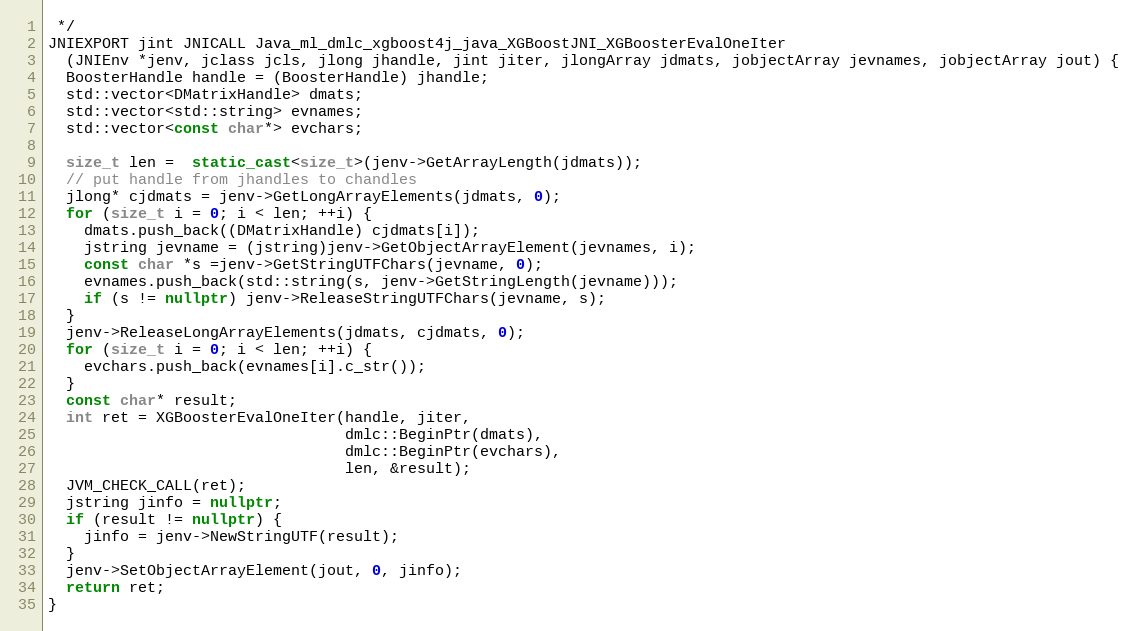
Language: C++
 */
JNIEXPORT jint JNICALL Java_ml_dmlc_xgboost4j_java_XGBoostJNI_XGBoosterEvalOneIter
  (JNIEnv *jenv, jclass jcls, jlong jhandle, jint jiter, jlongArray jdmats, jobjectArray jevnames, jobjectArray jout) {
  BoosterHandle handle = (BoosterHandle) jhandle;
  std::vector<DMatrixHandle> dmats;
  std::vector<std::string> evnames;
  std::vector<const char*> evchars;

  size_t len =  static_cast<size_t>(jenv->GetArrayLength(jdmats));
  // put handle from jhandles to chandles
  jlong* cjdmats = jenv->GetLongArrayElements(jdmats, 0);
  for (size_t i = 0; i < len; ++i) {
    dmats.push_back((DMatrixHandle) cjdmats[i]);
    jstring jevname = (jstring)jenv->GetObjectArrayElement(jevnames, i);
    const char *s =jenv->GetStringUTFChars(jevname, 0);
    evnames.push_back(std::string(s, jenv->GetStringLength(jevname)));
    if (s != nullptr) jenv->ReleaseStringUTFChars(jevname, s);
  }
  jenv->ReleaseLongArrayElements(jdmats, cjdmats, 0);
  for (size_t i = 0; i < len; ++i) {
    evchars.push_back(evnames[i].c_str());
  }
  const char* result;
  int ret = XGBoosterEvalOneIter(handle, jiter,
                                 dmlc::BeginPtr(dmats),
                                 dmlc::BeginPtr(evchars),
                                 len, &result);
  JVM_CHECK_CALL(ret);
  jstring jinfo = nullptr;
  if (result != nullptr) {
    jinfo = jenv->NewStringUTF(result);
  }
  jenv->SetObjectArrayElement(jout, 0, jinfo);
  return ret;
}